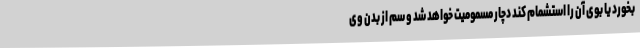
بخورد یا بوی آن را استشمام کند دچار مسمومیت خواهد شد و سم از بدن وی